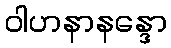
ဝါဟနာနန္ဒော